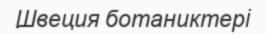
Швеция ботаниктері